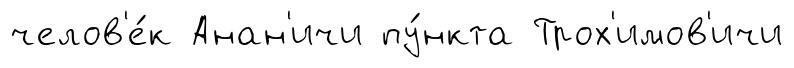
челов'е́к Анан'ичи пу́нкта Трох'имов'ичи